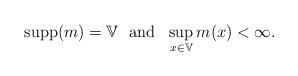
LaTeX: \begin{align*} {\rm supp}(m)=\mathbb{V}\ \ {\rm and}\ \ \sup_{x\in\mathbb{V}}m(x)<\infty. \end{align*}